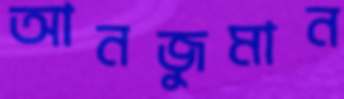
আনজুমান